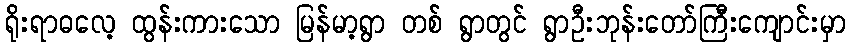
ရိုးရာဓလေ့ ထွန်းကားသော မြန်မာ့ရွာ တစ် ရွာတွင် ရွာဦးဘုန်းတော်ကြီးကျောင်းမှာ